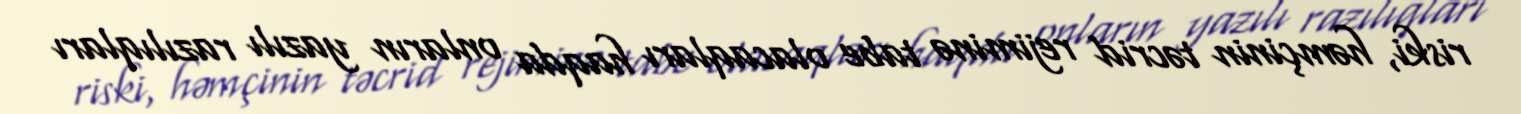
riski, həmçinin təcrid rejiminə tabe olacaqları haqda onların yazılı razılıqları